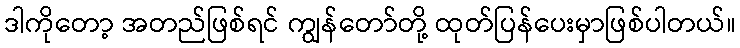
ဒါကိုတော့ အတည်ဖြစ်ရင် ကျွန်တော်တို့ ထုတ်ပြန်ပေးမှာဖြစ်ပါတယ်။